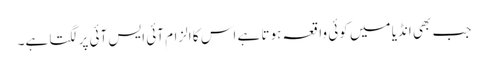
جب بھی انڈیا میں کوئی واقعہ ہوتا ہے اس کا الزام آئی ایس آئی پر لگتا ہے۔